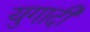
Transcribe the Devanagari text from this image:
युगादी